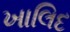
ખાલિદ